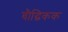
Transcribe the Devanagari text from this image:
बौद्धिकक